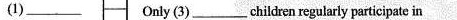
（1）___ Only(3)___children regularly participate in